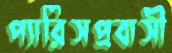
প্যারিসপ্রবাসী